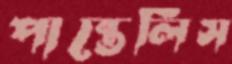
পান্তেলিস